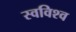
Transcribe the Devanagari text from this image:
स्वविश्व